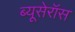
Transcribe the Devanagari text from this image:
ब्यूसेरॉस